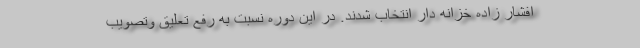
افشار زاده خزانه دار انتخاب شدند. در این دوره نسبت به رفع تعلیق وتصویب